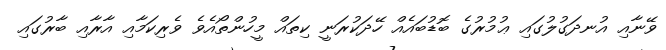
ވޭނާއި އުނދަގުލުގައި ޢުމުރުގެ ބޮޑުބައެއް ހޭދަކުރަނީ ކިތައް މީހުންތޯއެވެ ވެރިކަމާއި އާރާއި ބާރުގައި